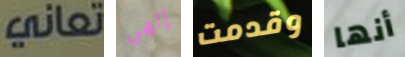
تعاني إلهي وقدمت أنها